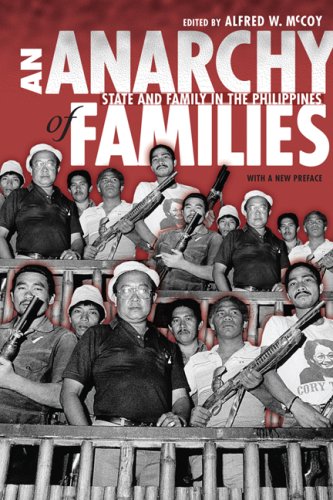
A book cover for An Anarchy of Families: State and Family in the Philippines (New Perspectives in Se Asian Studies); History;